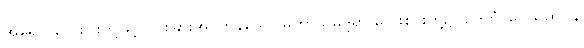
အရောင်လေးပါးတို့ဖြင့် ပိုင်းခြားအပ်ကုန်သော မဟာသုမုဒ္ဒရာ လေးစင်းတို့၌။ ဥဒကံ၊ ရေသည်။ န